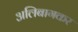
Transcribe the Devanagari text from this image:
अलिबागकर